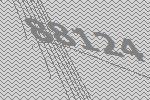
88124